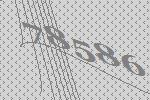
78586